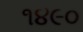
૧૪૯૦